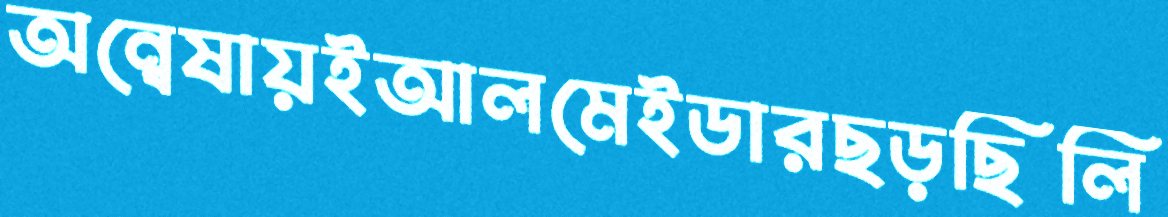
অন্বেষায়ইআলমেইডারছড়ছিলি